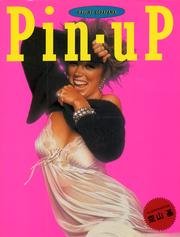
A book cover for Sorayama Pin-Up; Hajime Sorayama; Arts & Photography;